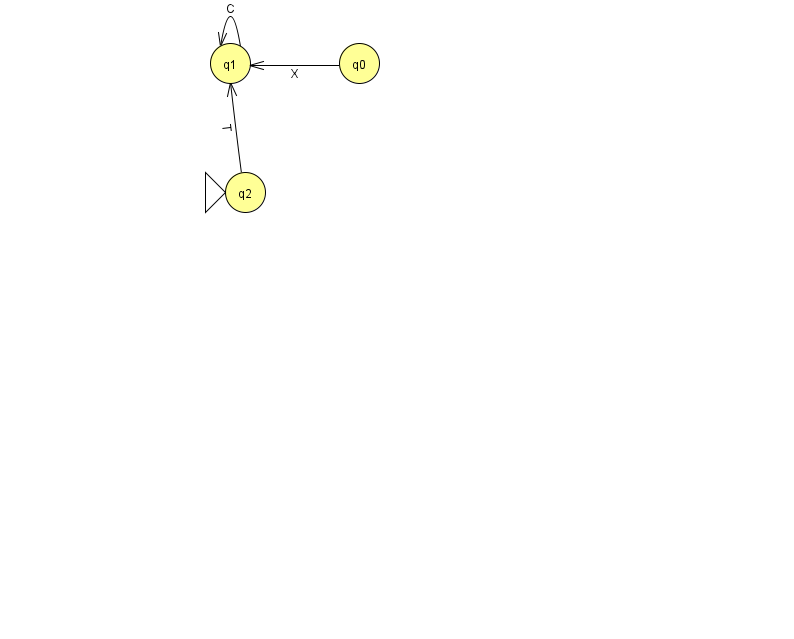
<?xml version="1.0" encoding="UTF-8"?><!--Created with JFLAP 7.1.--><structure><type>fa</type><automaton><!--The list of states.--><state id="0" name="q0"><x>359.0</x><y>50.0</y></state><state id="1" name="q1"><x>230.0</x><y>50.0</y></state><state id="2" name="q2"><x>245.0</x><y>179.0</y><initial/></state><!--The list of transitions.--><transition><from>1</from><to>1</to><read>C</read></transition><transition><from>2</from><to>1</to><read>T</read></transition><transition><from>0</from><to>1</to><read>X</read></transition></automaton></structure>